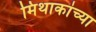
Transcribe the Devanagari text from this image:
मिथाकांच्या